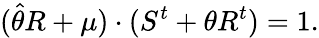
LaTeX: (\widehat{\theta}R+\mu)\cdot(S^{t}+\theta R^{t})=1.